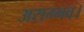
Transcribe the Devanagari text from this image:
असम्भव।